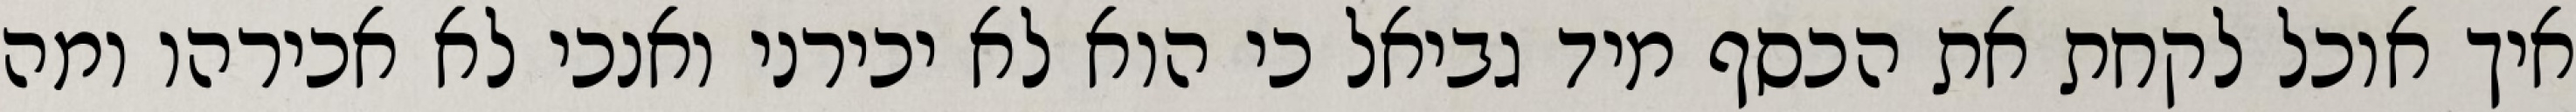
איך אוכל לקחת את הכסף מיד גביאל כי הוא לא יכירני ואנכי לא אכירהו ומה